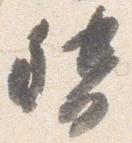
督